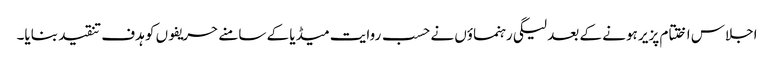
اجلاس اختتام پزیر ہونے کے بعد لیگی رہنماؤں نے حسب روایت میڈیا کے سامنے حریفوں کو ہدف تنقید بنایا۔